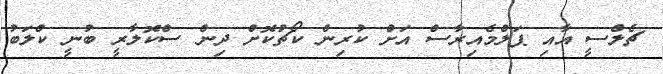
ޗެލްސީ އާއި ޕަލްމެއިރާސް އަށް ކުރިން ކޯޗުކޮށް ދިން ސްކޮލާރީ ބުނީ ކްލަބު